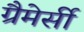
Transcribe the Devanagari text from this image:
ग्रैमेर्सी